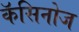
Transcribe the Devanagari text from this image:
कॅसिनोज